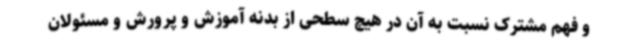
و فهم مشترک نسبت به آن در هیچ سطحی از بدنه آموزش و پرورش و مسئولان